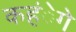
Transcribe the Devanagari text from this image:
कहंेगे